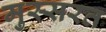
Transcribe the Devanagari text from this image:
मुस्सरत